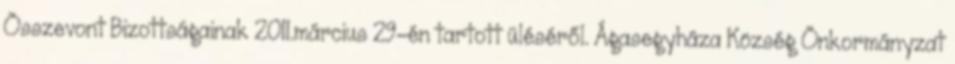
Összevont Bizottságainak 2011.március 29-én tartott üléséről. Ágasegyháza Község Önkormányzat